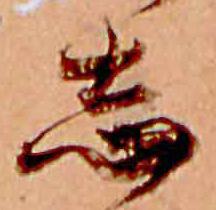
志